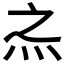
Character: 𰞀